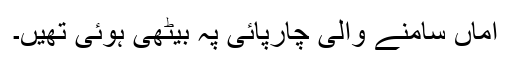
اماں سامنے والی چارپائی پہ بیٹھی ہوئی تھیں۔